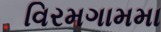
વિરમગામમા